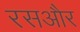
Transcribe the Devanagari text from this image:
रसऔर